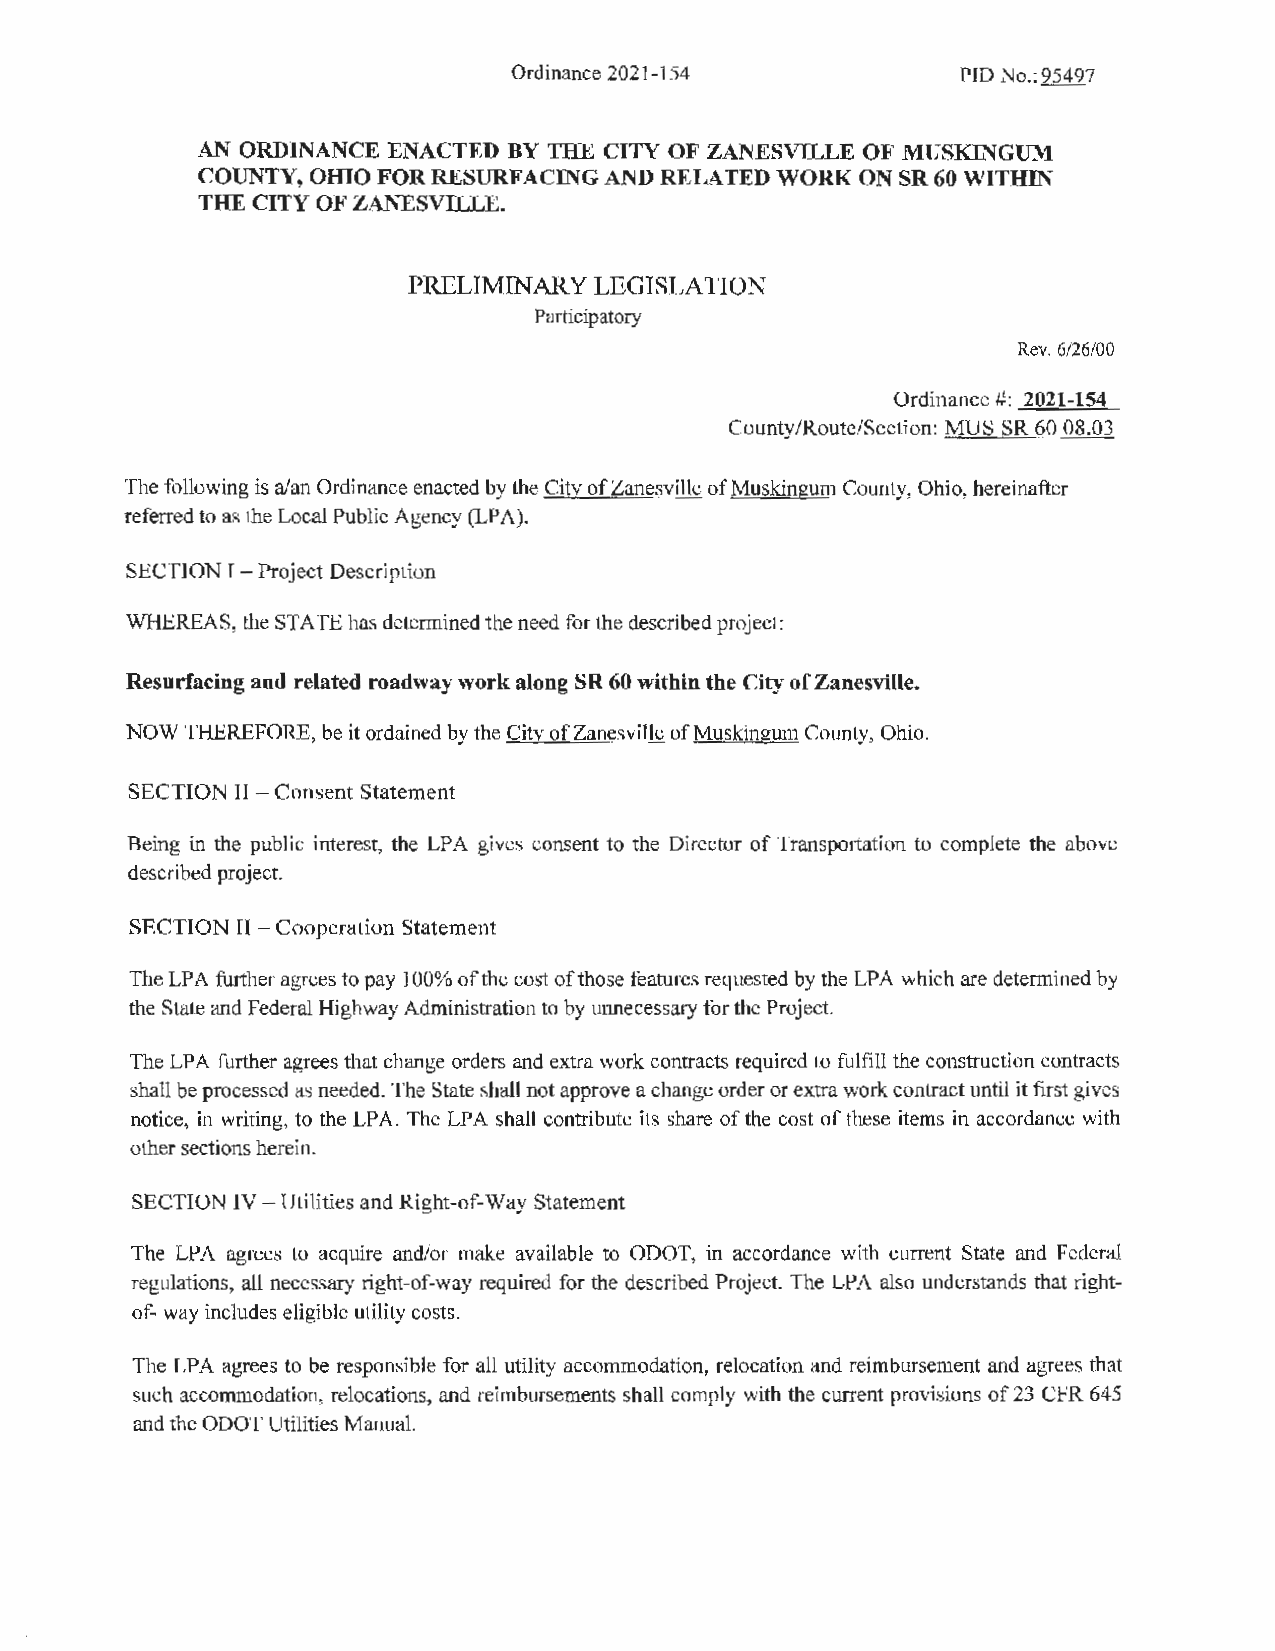
Ordinance 2021-154            PIO No.: 95497
 AN ORDINANCE ENACTED BY THE CITY OF ZANESVILLE OF MUSKINGUM
 omo
 COUNTY,     FOR RESURFACING AND RELATED WORK ON SR 60 WITHIN
 THE CITY OF ZANESVILLE.
 PRELIMINARY LEGISLATION
 Participatory
 Rev. 6/26/00
 Ordinance#: 2021-154
 County/Route/Section: MUS SR 60 08.03
 The following is a/an Ordinance enacted by the City of Zanesville of Muskingum County, Ohio, hereinafter
 referred to as the Local Public Agency (LPA).
 SECTION I - Project Description
 WHEREAS, the STATE has determined the need for the described project:
 Resurfacing and related roadway work along SR 60 within the City of Zanesville.
 NOW THEREFORE, be it ordained by the City of Zanesville of Muskingum County, Ohio.
 SECTION IT - Consent Statement
 Being in the public interest, the LP A gives consent to the Director of Transportation to complete the above
 described project.
 SECTION II - Cooperation Statement
 The LPA further agrees to pay 100% of the cost of those features requested by the LPA which are determined by
 the State and Federal Highway Administration to by uimecessary for the Project.
 The LPA further agrees that change orders and extra work contracts required to fulfill the construction contracts
 shall be processed as needed. The State shall not approve a change order or extra work contract until it first gives
 notice, in writing, to the LPA. The LP A shall contribute its share of the cost of these items in accordance with
 other sections herein.
 SECTION IV - Utilities and Right-of-Way Statement
 The LPA agrees to acquire and/or make available to ODOT, in accordance with current State and Federal
 regulations, all necessary right-of-way required for the described Project. The LPA also understands that right
 of-way includes eligible utility costs.
 The LPA agrees to be responsible for all utility accommodation, relocation and reimbursement and agrees that
 such accommodation, relocations, and reimbursements shall comply with the current provisions of 23 CFR 645
 and the ODOT Utilities Manual.